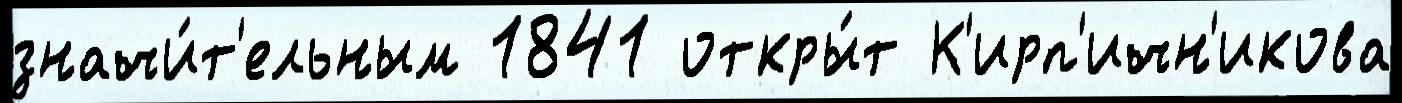
значи́т'ельным 1841 откры́т К'ирп'ичн'икова